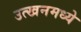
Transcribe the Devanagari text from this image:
उत्खनमध्ये